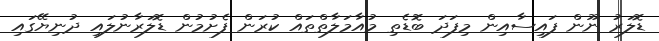
ޑޮލަރު ނޫން ފައިސާއިން މިފަދަ ބޮޑެތި މުއާމަލާތްތައް ކުރަން ފެށުމުން ޑޮލަރާނުލައި ދުނިޔޭގައި